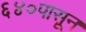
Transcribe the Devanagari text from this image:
६४०पासून